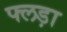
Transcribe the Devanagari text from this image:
फ्लड़ा